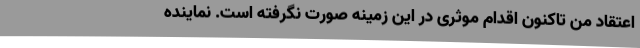
اعتقاد من تاکنون اقدام موثری در این زمینه صورت نگرفته است. نماینده